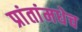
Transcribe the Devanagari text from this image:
प्रांतांमधेच